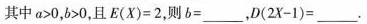
其中$$a > 0$$，$$b > 0$$，且$$E ( X ) = 2$$，则$$b = ___$$，$$D ( 2 X - 1 ) =___$$.